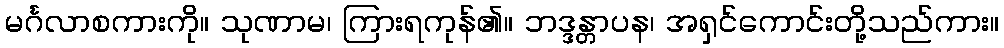
မင်္ဂလာစကားကို။ သုဏာမ၊ ကြားရကုန်၏။ ဘဒ္ဒန္တာပန၊ အရှင်ကောင်းတို့သည်ကား။